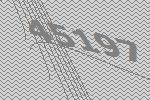
45197